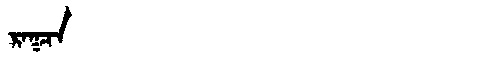
Manchu: ᡵᠠᡴᠴᠠ
Romanization: RAKCA